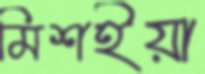
মিশইয়া